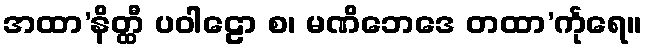
အထာ’နိတ္ထီ ပဝါဠော စ၊ မဏိဘေဒေ တထာ’င်္ကုရေ။